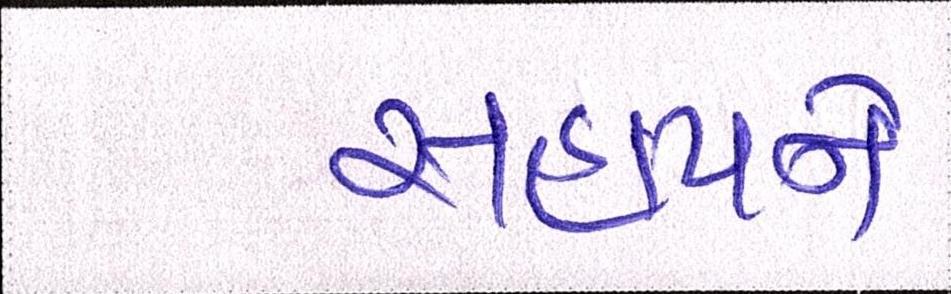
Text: સહાયને